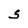
Character: S